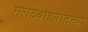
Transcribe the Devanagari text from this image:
मराठवाडय़ातल्या